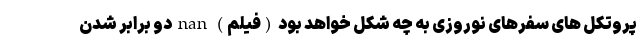
پروتکل های سفرهای نوروزی به چه شکل خواهد بود (فیلم) nan دو برابر شدن